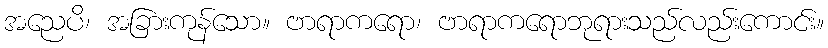
အညေပိ၊ အခြားကုန်သော။ ဗာရာကရော၊ ဗာရာကရောဘုရားသည်လည်းကောင်း။